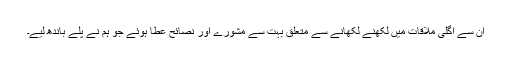
ان سے اگلی ملاقات میں لکھنے لکھانے سے متعلق بہت سے مشورے اور نصائح عطا ہوئے جو ہم نے پلے باندھ لیے۔